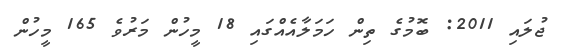
ޖުލައި 2011: ބޮމުގެ ތިން ހަމަލާއެއްގައި 18 މީހުން މަރުވެ 165 މީހުން